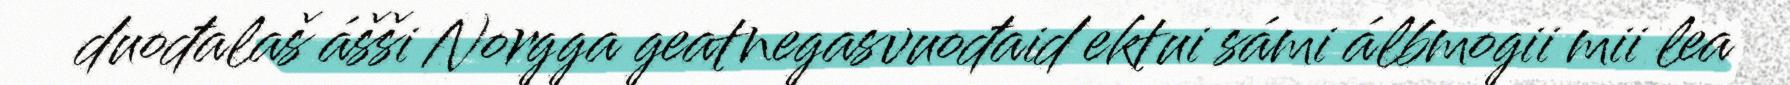
duođalaš ášši Norgga geatnegasvuođaid ektui sámi álbmogii mii lea